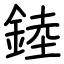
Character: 錴